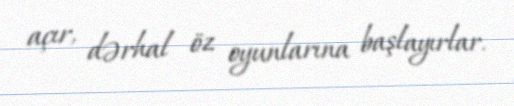
açır, dərhal öz oyunlarına başlayırlar.